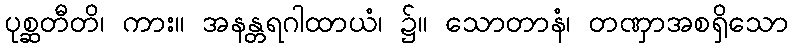
ပုစ္ဆတီတိ၊ ကား။ အနန္တရဂါထာယံ၊ ၌။ သောတာနံ၊ တဏှာအစရှိသော